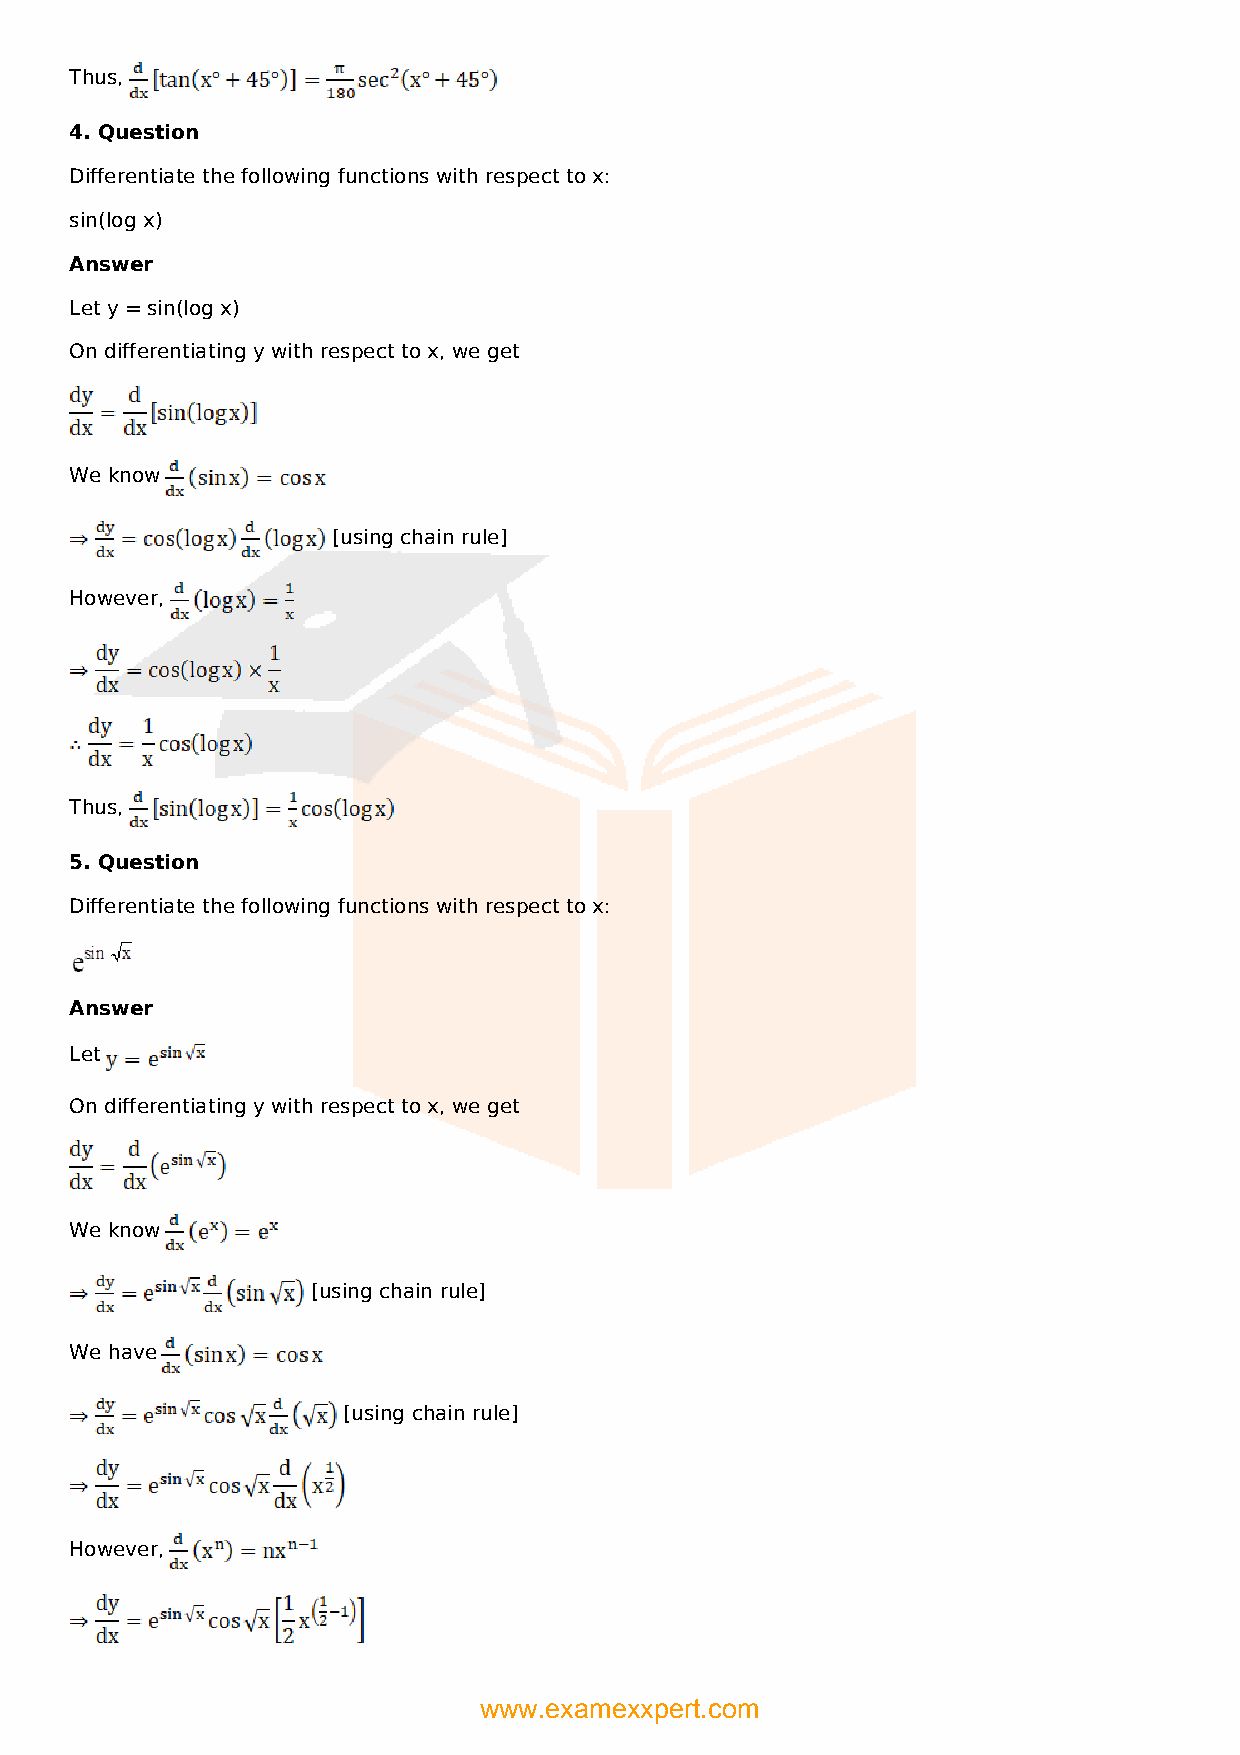
Thus,
 4. Question
 Differentiate the following functions with respect to x:
 sin(log x)
 Answer
 Let y = sin(log x)
 On differentiating y with respect to x, we get
 We know
 [using chain rule]
 However,
 Thus,
 5. Question
 Differentiate the following functions with respect to x:
 Answer
 Let
 On differentiating y with respect to x, we get
 We know
 [using chain rule]
 We have
 [using chain rule]
 However,
 www.examexxpert.com